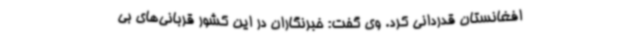
افغانستان قدردانی کرد. وی گفت: خبرنگاران در این کشور قربانی‌های بی